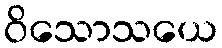
ဝိသောသယေ